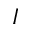
I